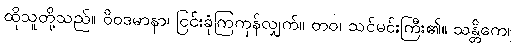
ထိုသူတို့သည်။ ဝိဝဒမာနာ၊ ငြင်းခုံကြကုန်လျှက်။ တဝ၊ သင်မင်းကြီး၏။ သန္တိကေ၊